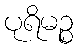
ပုရိမဉ္စ